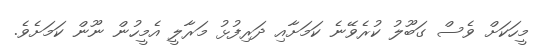
މީހަކަށް ވެސް ގަބޫލު ކުރެވޭނެ ކަމަށާއި ދަރިފުޅު މަރާލީ އެމީހުން ނޫން ކަމަށެވެ.